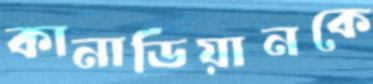
কানাডিয়ানকে